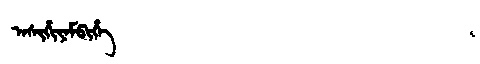
Manchu: ᠠᠰᡳᡥᡳᠶᠠᠮᠪᡳᡥᡝ
Romanization: ASIHIYAMBIHE